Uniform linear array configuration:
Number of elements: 16
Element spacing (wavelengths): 0.75
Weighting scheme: cosine
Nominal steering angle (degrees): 0
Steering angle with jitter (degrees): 1.24
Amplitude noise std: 0.05
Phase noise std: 0.05

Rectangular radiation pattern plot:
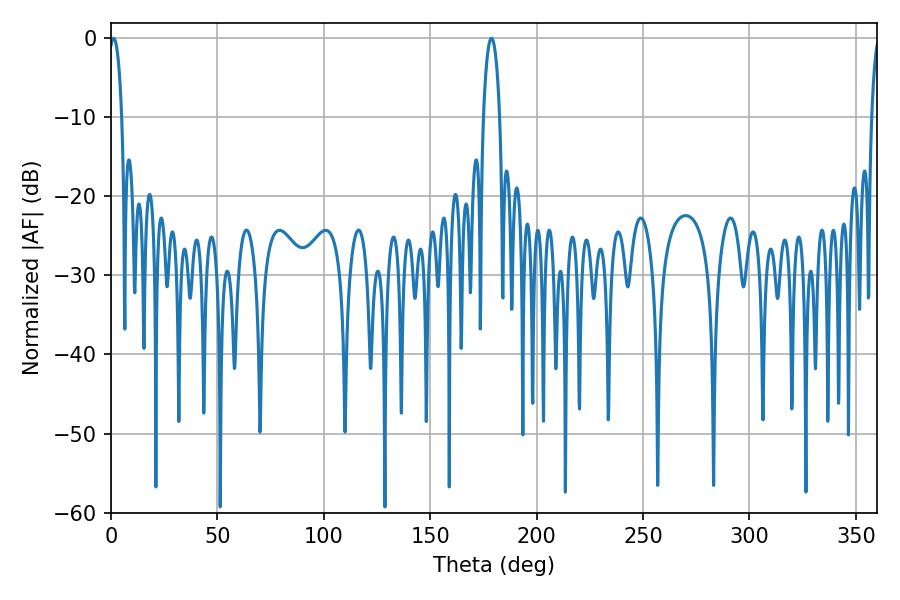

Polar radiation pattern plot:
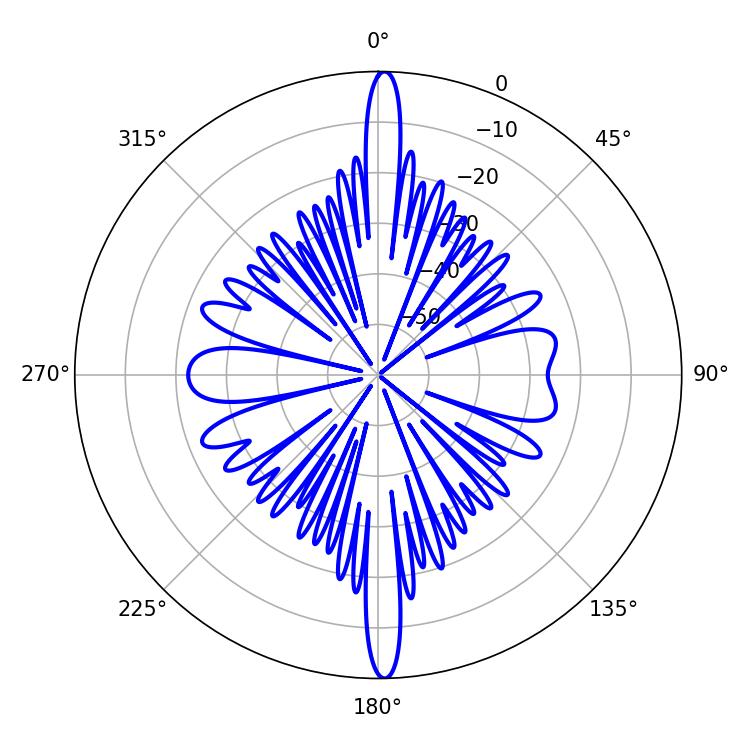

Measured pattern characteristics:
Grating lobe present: TRUE
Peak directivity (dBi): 28.109
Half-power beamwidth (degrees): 3.42
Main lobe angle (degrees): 1.26